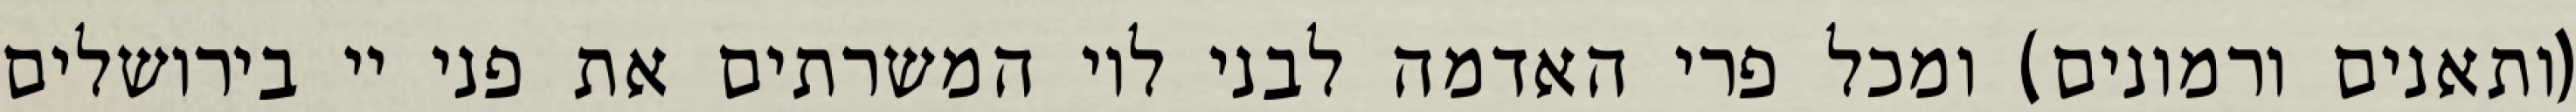
(ותאנים ורמונים) ומכל פרי האדמה לבני לוי המשרתים את פני יי בירושלים